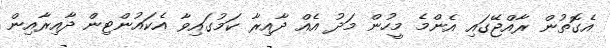
އެގޮތުން ރާއްޖޭގައި އެންމެ މީހުން މަދު އެއް ދާއިރާ ކަމުގައިވާ އެކައުންޓިން ދާއިރާއިން